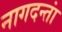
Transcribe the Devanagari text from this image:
नागदन्तां